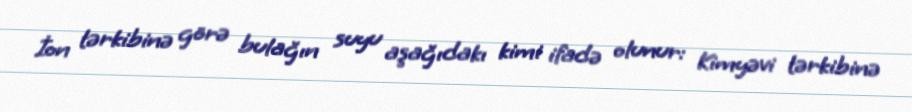
İon tərkibinə görə bulağın suyu aşağıdakı kimi ifadə olunur: Kimyəvi tərkibinə